Annual report of the Punjab Veterinary College and of the Civil Veterinary Department, Punjab - 1926-1932
Year: 1926
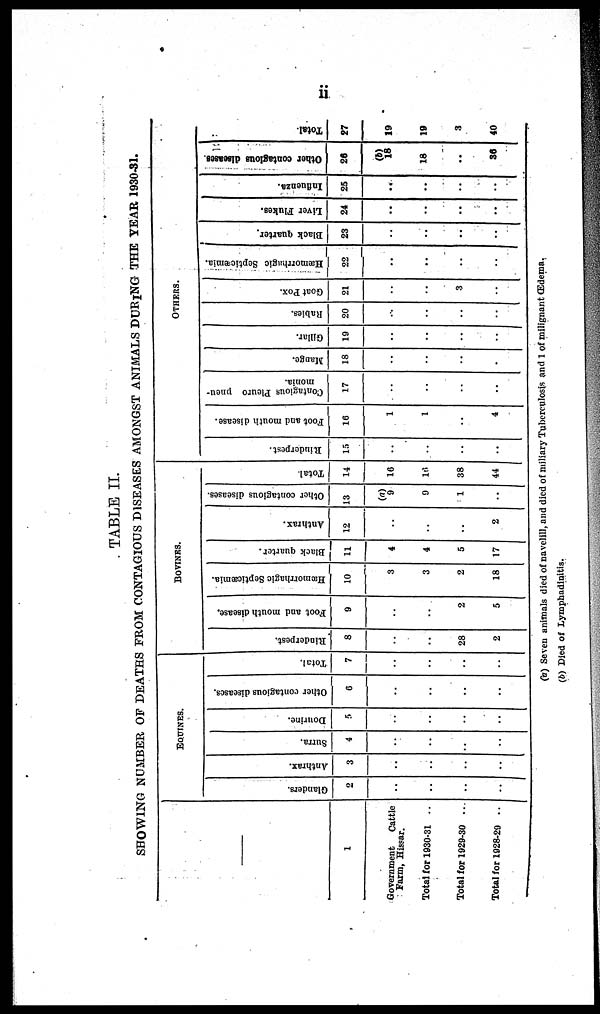
ii
TABLE II.
SHOWING NUMBER OF DEATHS FROM CONTAGIOUS DISEASES AMONGST ANIMALS DURING THE YEAR 1930-31.
1
Government
Cattle
Farm, Hissar.
Total for 1930-31
Total for 1929-30
Total for 1928-20
EQUINES.
Glanders.
2
..
..
..
..
Anthrax.
3
..
..
..
..
Surra.
4
..
..
..
..
Dourine.
5
..
..
..
..
Other contagious diseases.
6
..
..
..
..
Total.
7
..
..
..
..
BOVINRS.
Rinderpest.
8
..
..
28
2
Foot and mouth disease.
9
..
..
2
5
Hæmorrhagic Septicæmia.
10
3
3
2
18
Black quarter.
11
4
4
5
17
Anthrax.
12
..
..
..
2
Other contagious diseases.
13
(a)
9
9
1
..
Total.
14
16
16
38
44
OTHERS.
Rinderpest.
15
..
..
..
..
Foot and mouth disease.
16
1
1
..
4
Contagious Pleuro pneu-
monia.
17
..
..
..
..
Mange.
18
..
..
..
..
Gillar.
19
..
..
..
..
Rabies.
20
..
..
..
..
Goat Pox.
21
..
..
3
..
Hæmaorrhagic Septicæmia.
22
..
..
..
..
Black quarter.
23
..
..
..
..
Liver Flukes.
24
..
..
..
..
Influenza.
25
..
..
..
..
Other contagious diseases.
26
(b) 18
18
..
36
Total.
27
19
19
3
40
(a) Seven animals died of navelill, and died of miliary Tuberculosis and 1 of milignant Œdema.
(b) Died of Lymphadinitis.